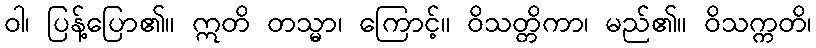
ဝါ၊ ပြန့်ပြော၏။ ဣတိ တသ္မာ၊ ကြောင့်။ ဝိသတ္တိကာ၊ မည်၏။ ဝိသက္ကတိ၊